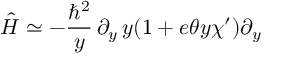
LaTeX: \hat { H } \simeq - { \frac { \hbar \sp 2 } { y } } \, \partial _ { y } \, y ( 1 + e \theta y \chi ^ { \prime } ) \partial _ { y }